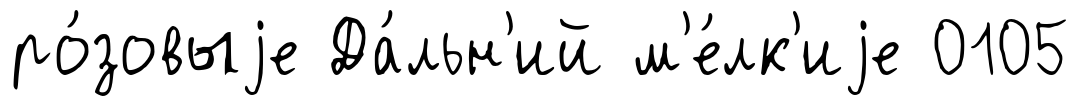
ро́зовыjе Да́льн'ий м'е́лк'иjе 0105